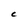
Character: C